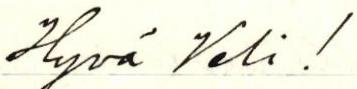
Hyvä Veli!